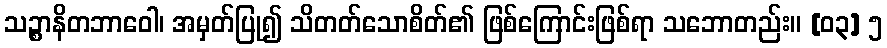
သဉ္စာနိတဘာဝေါ၊ အမှတ်ပြု၍ သိတတ်သောစိတ်၏ ဖြစ်ကြောင်းဖြစ်ရာ သဘောတည်း။ [၀၃] ၅